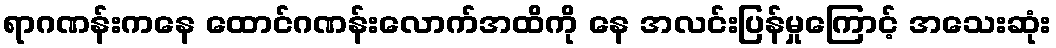
ရာဂဏန်းကနေ ထောင်ဂဏန်းလောက်အထိကို နေ အလင်းပြန်မှုကြောင့် အသေးဆုံး